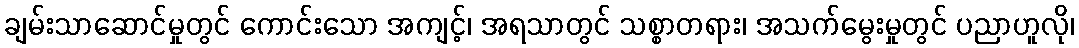
ချမ်းသာဆောင်မှုတွင် ကောင်းသော အကျင့်၊ အရသာတွင် သစ္စာတရား၊ အသက်မွေးမှုတွင် ပညာဟူလို၊